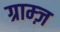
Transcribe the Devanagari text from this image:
ग्राम्ज़